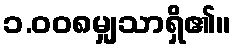
၁.၀၀၈မျှသာရှိ၏။